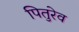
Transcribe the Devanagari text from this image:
पितुरेव